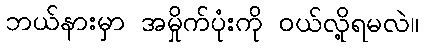
ဘယ်နားမှာ အမှိုက်ပုံးကို ဝယ်လို့ရမလဲ။